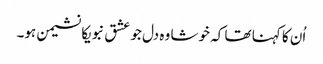
اُن کا کہنا تھا کہ خوشا وہ دل جو عشق نبویکا نشیمن ہو۔